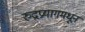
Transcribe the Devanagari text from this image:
रुद्रप्रयागमधून